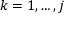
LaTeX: k = 1 , \dotsc , j